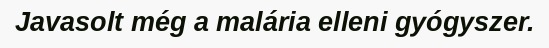
Javasolt még a malária elleni gyógyszer.